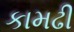
કામઢી